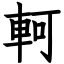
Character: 軻